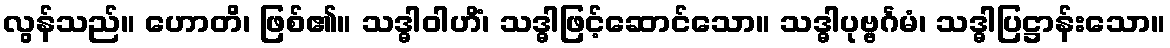
လွန်သည်။ ဟောတိ၊ ဖြစ်၏။ သဒ္ဓါဝါဟိံ၊ သဒ္ဓါဖြင့်ဆောင်သော။ သဒ္ဓါပုဗ္ဗင်္ဂမံ၊ သဒ္ဓါပြဋ္ဌာန်းသော။